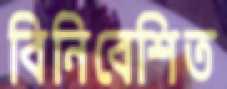
বিনিবেশিত